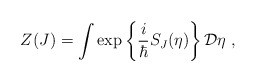
\begin{align*}Z(J)=\int\exp\left\{\frac{i}{\hbar}S_J(\eta)\right\}{\bf {\cal D}}\eta\;,\end{align*}